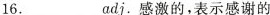
16.___adj.感激的，表示感谢的